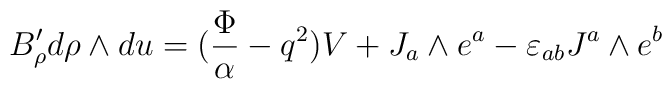
B'_{\rho} d\rho \wedge du=( {\Phi \over \alpha} -q^2) V +J_a \wedge e^a -\varepsilon_{ab} J^a \wedge e^b